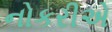
નોકરીએ